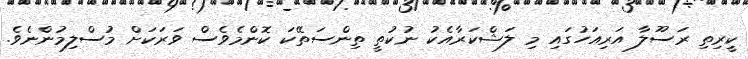
ކީރިތި ރަސޫލާ އަރިއަހުގައި މި ލަޝްކަރާއެކު ނުކުތީ ތިންސަތޭކަ ކޮންމެވެސް ވަރަކަށް މުސްލިމުންނެވެ.